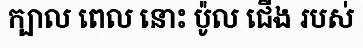
ក្បាល ពេល នោះ ប៉ូល ជើង របស់